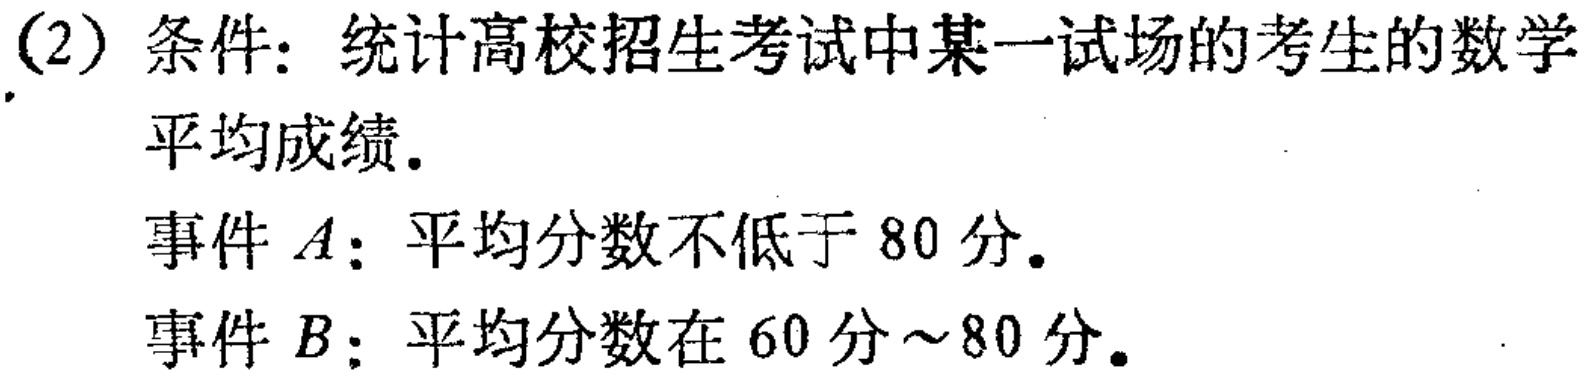
(2) 条件：统计高校招生考试中某一试场的考生的数学
平均成绩.
事件 \(A\)：平均分数不低于 \(80\) 分.
事件 \(B\)：平均分数在 \(60\) 分 \(\sim 80\) 分.